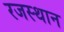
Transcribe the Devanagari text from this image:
रजस्थान